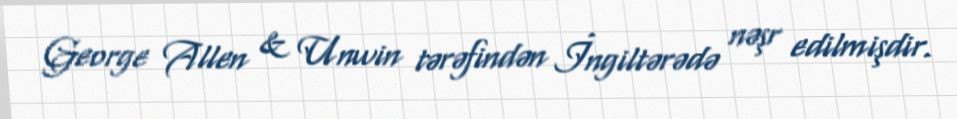
George Allen & Unwin tərəfindən İngiltərədə nəşr edilmişdir.